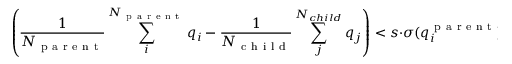
\left( \frac { 1 } { { N _ { \mathrm { ~ p ~ a ~ r ~ e ~ n ~ t ~ } } } } \sum _ { i } ^ { N _ { \mathrm { ~ p ~ a ~ r ~ e ~ n ~ t ~ } } } q _ { i } - \frac { 1 } { { N _ { \mathrm { ~ c ~ h ~ i ~ l ~ d ~ } } } } \sum _ { j } ^ { N _ { c h i l d } } q _ { j } \right) < s \cdot \sigma ( q _ { i } ^ { \mathrm { ~ p ~ a ~ r ~ e ~ n ~ t ~ } } )